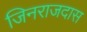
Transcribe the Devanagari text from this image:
जिनराजदास